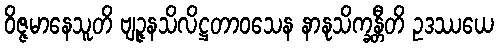
ဝိဇ္ဇမာနေသူတိ ဗျဉ္ဇနသိလိဋ္ဌတာဝသေန နာနုသိက္ခန္တီတိ ဥဒဿယေ